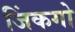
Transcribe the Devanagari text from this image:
जिंकगो